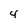
Character: 4